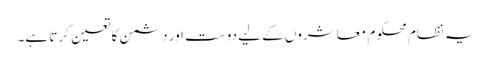
یہ نظام محکوم معاشروں کے لیے دوست اور دشمن کا تعین کرتا ہے۔